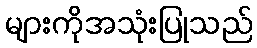
များကိုအသုံးပြုသည်